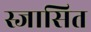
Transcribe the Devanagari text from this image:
स्जासित